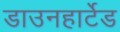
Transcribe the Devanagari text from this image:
डाउनहार्टेड